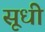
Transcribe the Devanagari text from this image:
सूधी